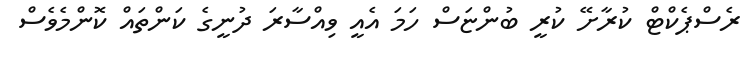
ރެސްޕެކްޓް ކުރާށޭ ކުރީ ބުންޏަސް ހަމަ އެއީ ވިއްސާރަ ދުނީގެ ކަންތައް ކޮންމެވެސް